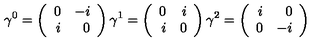
\gamma ^ { 0 } = \left( \begin{array} { r r } { 0 } & { - i } \\ { i } & { 0 } \\ \end{array} \right) \gamma ^ { 1 } = \left( \begin{array} { r r } { 0 } & { i } \\ { i } & { 0 } \\ \end{array} \right) \gamma ^ { 2 } = \left( \begin{array} { r r } { i } & { 0 } \\ { 0 } & { - i } \\ \end{array} \right)